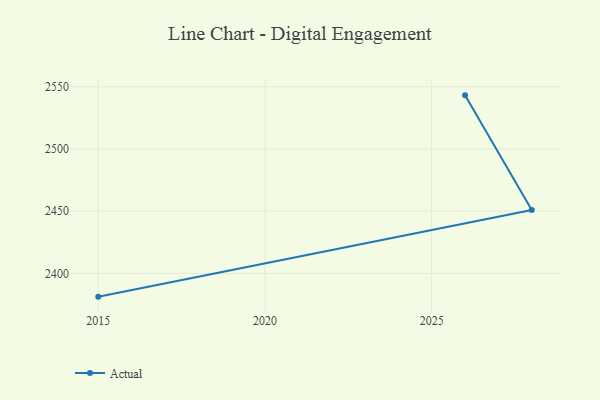
{"axis": {"x": "Year", "y": "Operating Costs (USD K)"}, "legend": ["Actual"], "data": [{"x": "2015", "y": 2381.3, "type": "Actual"}, {"x": "2028", "y": 2451.0, "type": "Actual"}, {"x": "2026", "y": 2543.1, "type": "Actual"}]}